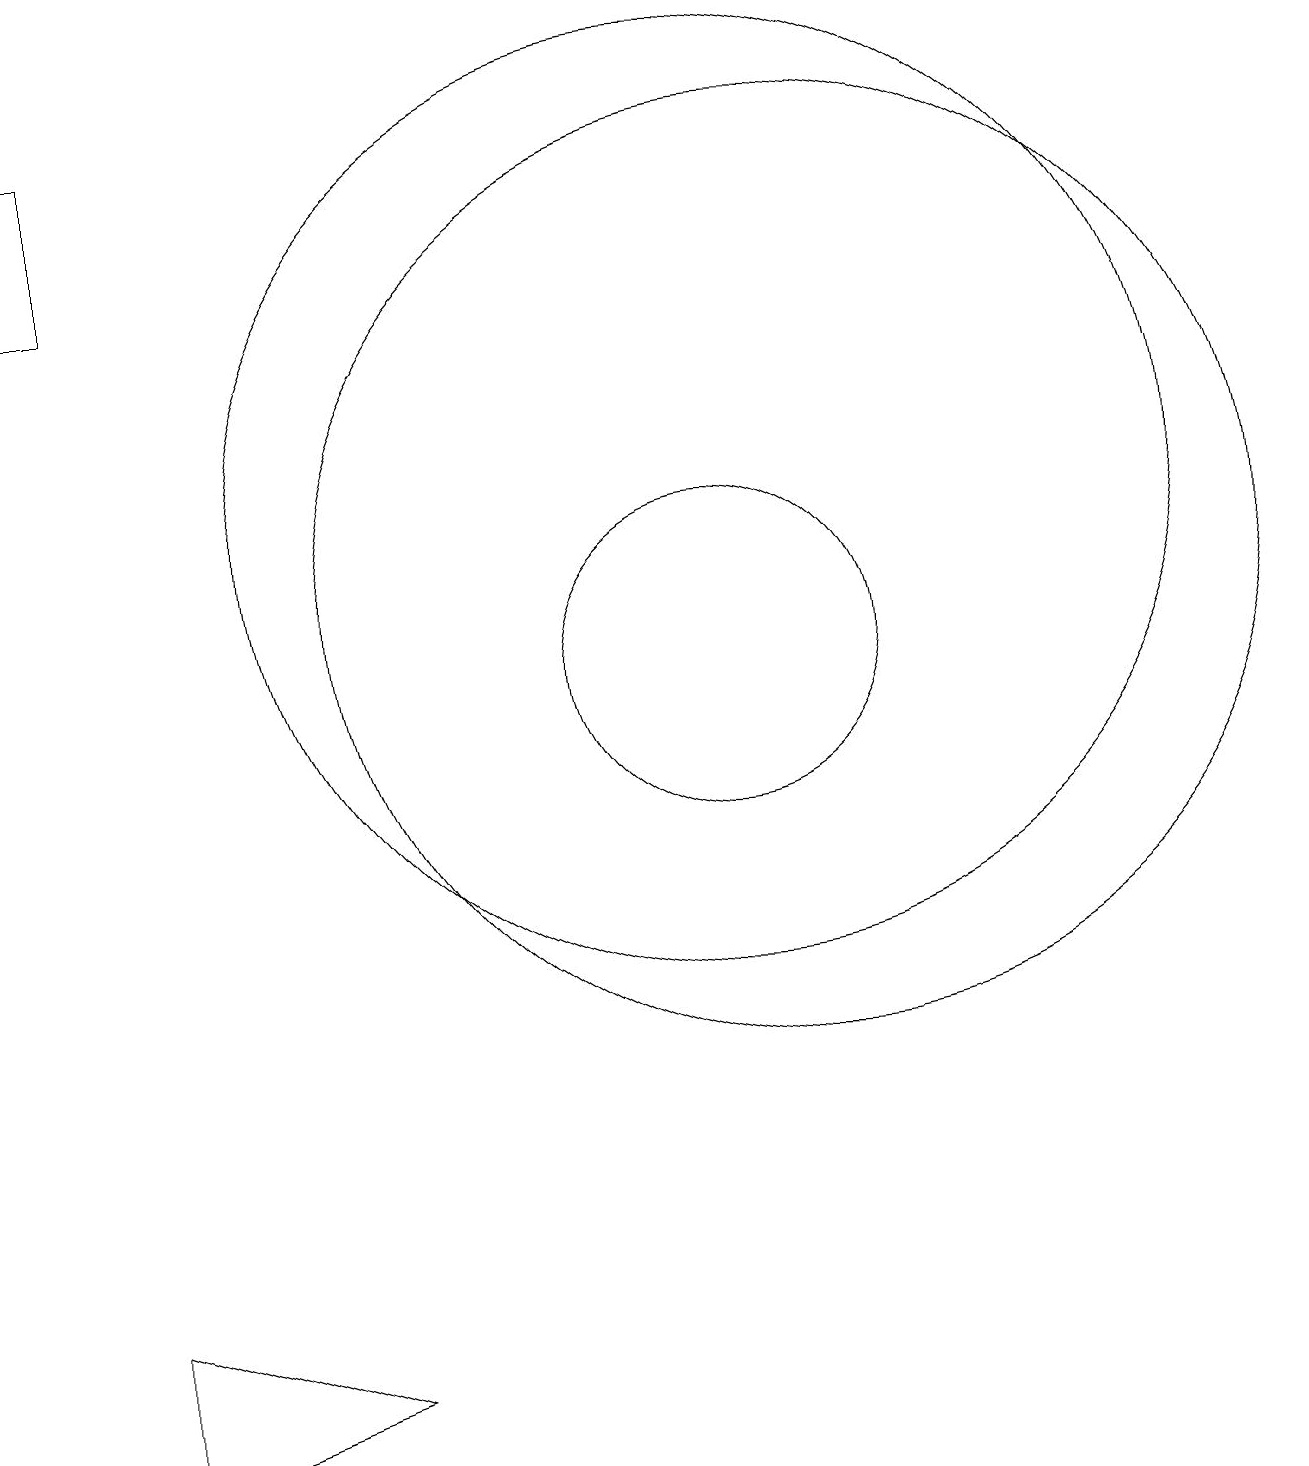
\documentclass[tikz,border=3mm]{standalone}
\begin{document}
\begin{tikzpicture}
\draw (12,11) circle (6);
\draw (11,12) circle (6);
\draw (3,2) -- (6,1) -- (3,0) -- cycle;
\draw (11,10) circle (2);
\draw (3,15) rectangle (2,17);
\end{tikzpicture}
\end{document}